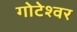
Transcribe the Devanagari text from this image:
गोटेश्वर